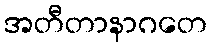
အတီတာနာဂတေ